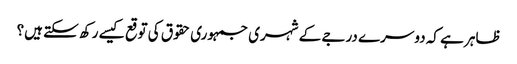
ظاہر ہے کہ دوسرے درجے کے شہری جمہوری حقوق کی توقع کیسے رکھ سکتے ہیں؟